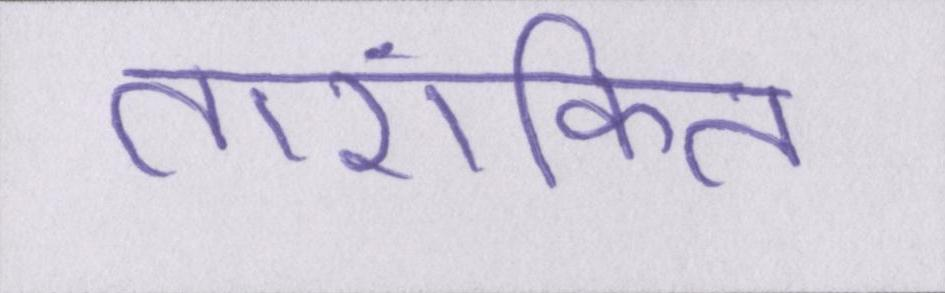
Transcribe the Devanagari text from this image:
तारांकित